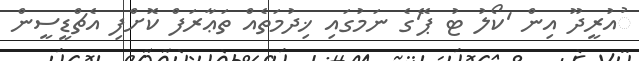
ުއުރީދޫ އިން 'ކޯލު ޓު ޕޭ'ގެ ނަމުގައި ޚިދުމަތެއް ތަޢާރަފް ކޮށްފި އެޗްޑީސީން